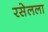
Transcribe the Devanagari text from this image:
रसेलला